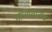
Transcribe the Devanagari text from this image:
तापवतातच